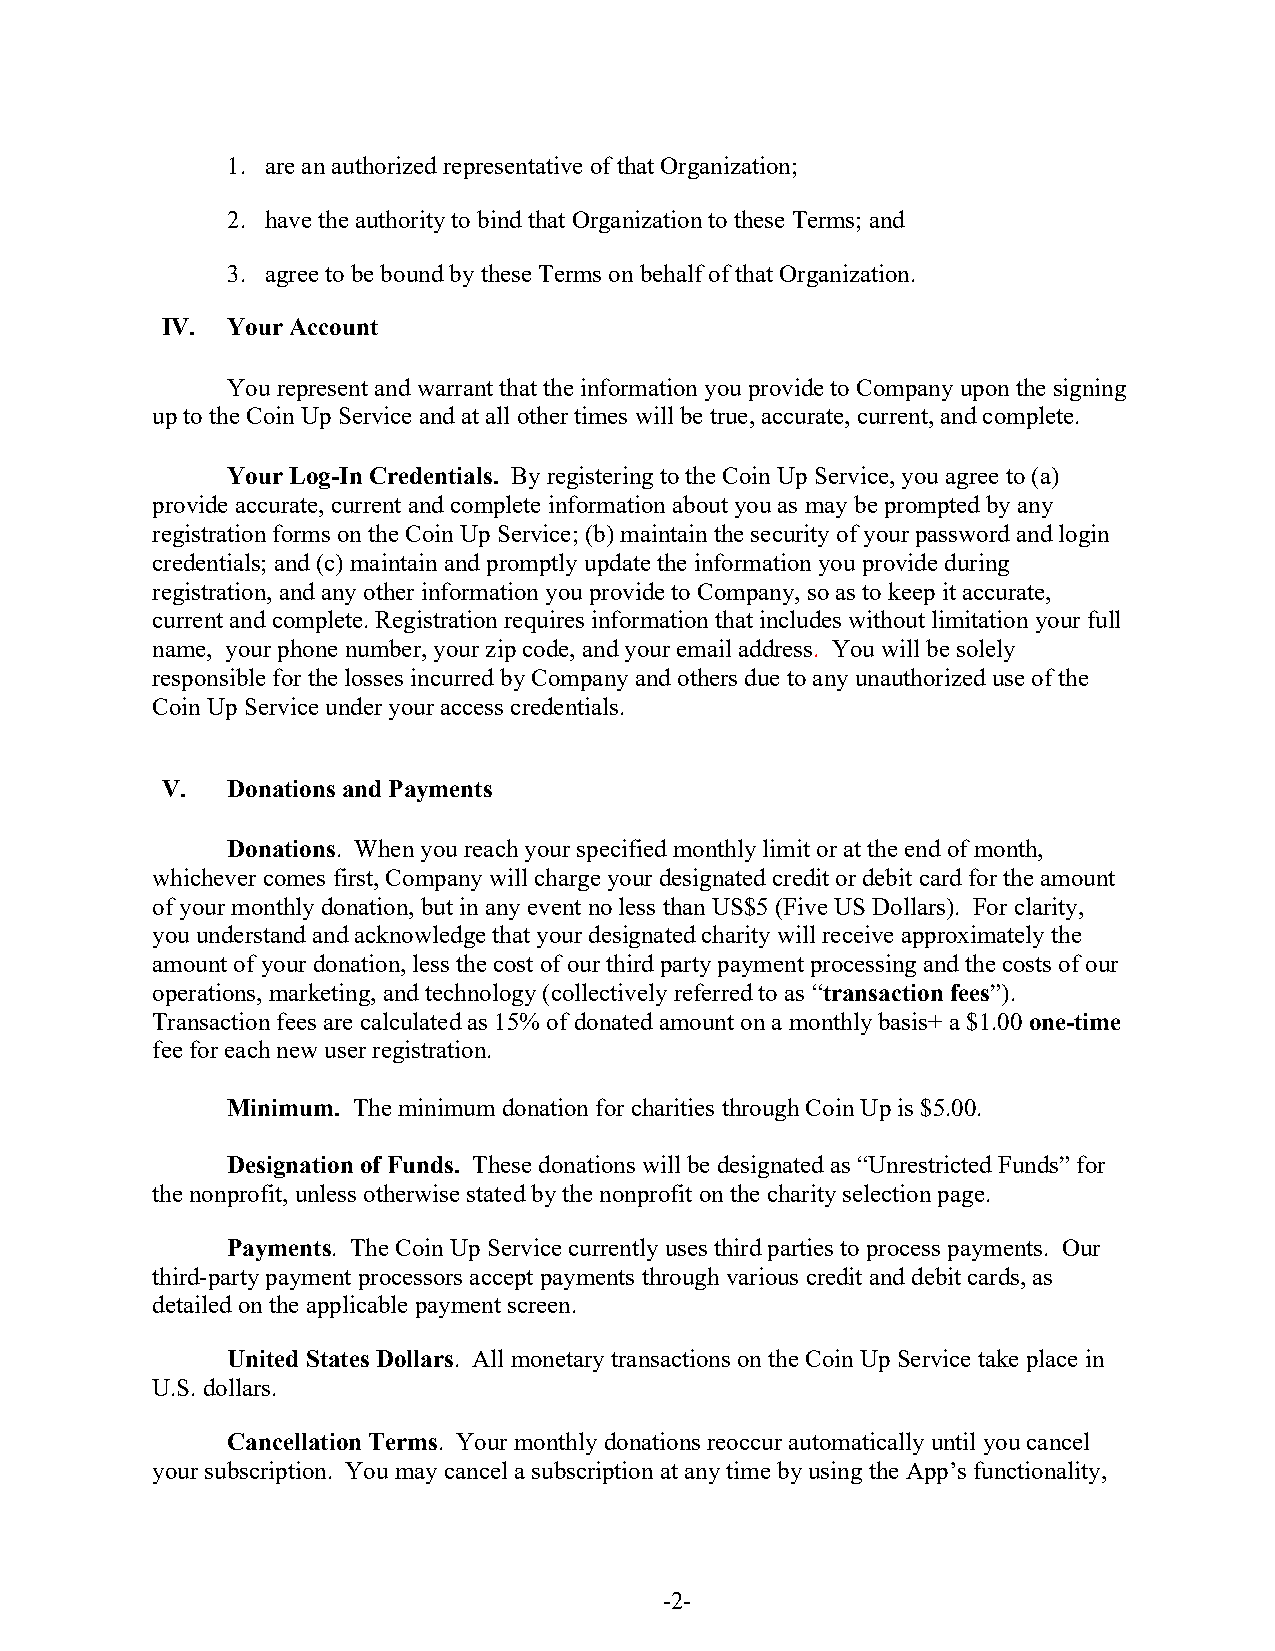
1. are an authorized representative of that Organization;
 2. have the authority to bind that Organization to these Terms; and
 3. agree to be bound by these Terms on behalf of that Organization.
 IV. Your Account
 You represent and warrant that the information you provide to Company upon the signing
 up to the Coin Up Service and at all other times will be true, accurate, current, and complete.
 Your Log-In Credentials. By registering to the Coin Up Service, you agree to (a)
 provide accurate, current and complete information about you as may be prompted by any
 registration forms on the Coin Up Service; (b) maintain the security of your password and login
 credentials; and (c) maintain and promptly update the information you provide during
 registration, and any other information you provide to Company, so as to keep it accurate,
 current and complete. Registration requires information that includes without limitation your full
 name, your phone number, your zip code, and your email address. You will be solely
 responsible for the losses incurred by Company and others due to any unauthorized use of the
 Coin Up Service under your access credentials.
 V.  Donations and Payments
 Donations. When you reach your specified monthly limit or at the end of month,
 whichever comes first, Company will charge your designated credit or debit card for the amount
 of your monthly donation, but in any event no less than US$5 (Five US Dollars). For clarity,
 you understand and acknowledge that your designated charity will receive approximately the
 amount of your donation, less the cost of our third party payment processing and the costs of our
 operations, marketing, and technology (collectively referred to as “transaction fees”).
 Transaction fees are calculated as 15% of donated amount on a monthly basis+ a $1.00 one-time
 fee for each new user registration.
 Minimum. The minimum donation for charities through Coin Up is $5.00.
 Designation of Funds. These donations will be designated as “Unrestricted Funds” for
 the nonprofit, unless otherwise stated by the nonprofit on the charity selection page.
 Payments. The Coin Up Service currently uses third parties to process payments. Our
 third-party payment processors accept payments through various credit and debit cards, as
 detailed on the applicable payment screen.
 United States Dollars. All monetary transactions on the Coin Up Service take place in
 U.S. dollars.
 Cancellation Terms. Your monthly donations reoccur automatically until you cancel
 your subscription. You may cancel a subscription at any time by using the App’s functionality,
 -2-